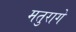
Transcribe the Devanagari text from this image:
मतुरागे